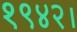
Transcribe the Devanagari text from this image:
१९४२।